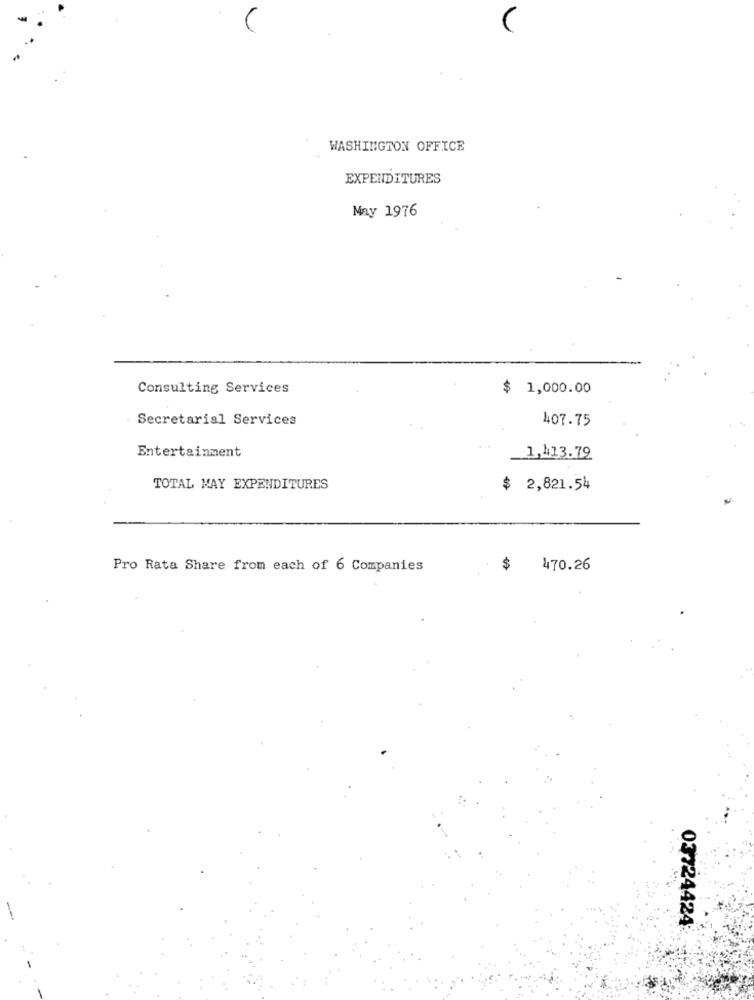
WASHINGTON OFFICE
EXPENDITURES
Nay 1976
Consulting Services
$ 1,000.00
Secretarial Services
407.75
Entertainment
1,413.79
TOTAL MAY EXPENDITURES
$ 2,821.54
Pro Rata Share from each of 6 Companies
$
470.26
03124424